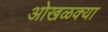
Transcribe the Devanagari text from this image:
ओखळक्या